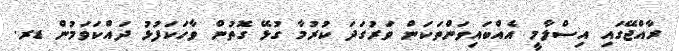
ރާއްޖޭގައި އިސްލާމީ އެއްބައިވަންތަކަން ވަރުގަދަ ކުރުމާ ގުޅޭ ގޮތުން ވާހަކަފުޅު ދައްކަވަމުން ޑރ.